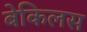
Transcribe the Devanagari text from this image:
बेकिलस